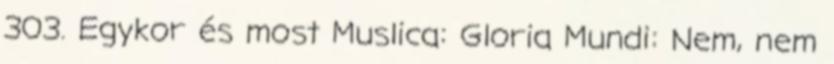
303. Egykor és most Muslica: Gloria Mundi: Nem, nem